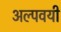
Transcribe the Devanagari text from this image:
अल्पवयी